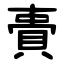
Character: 䝴